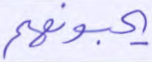
يحبونهم